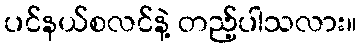
ပင်နယ်စလင်နဲ့ တည့်ပါသလား။